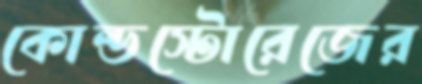
কোল্ডস্টোরেজের